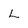
Character: L